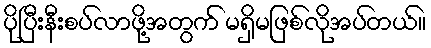
ပိုပြီးနီးစပ်လာဖို့အတွက် မရှိမဖြစ်လိုအပ်တယ်။